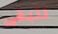
لتبقى